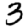
Digit: 3